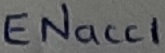
Text: ENacc1